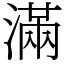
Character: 滿